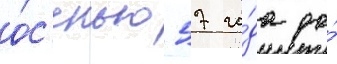
о́с'енью 57 го́да до́